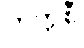
တက္ကစီ